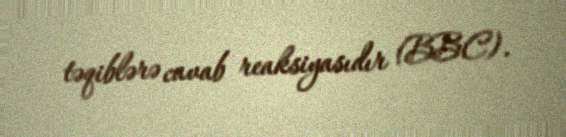
təqiblərə cavab reaksiyasıdır (BBC).